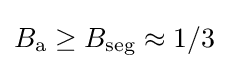
B_{\textrm {a}}\geq B_{\textrm {seg}}\approx 1/3